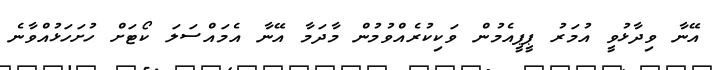
އޭނާ ވިދާޅުވީ އުމަރު ޕީޕީއެމުން ވަކިކުރެއްވުމުން މާދަމާ އޭނާ އެމައްސަލަ ކޯޓަށް ހުށަހަޅުއްވާނެ